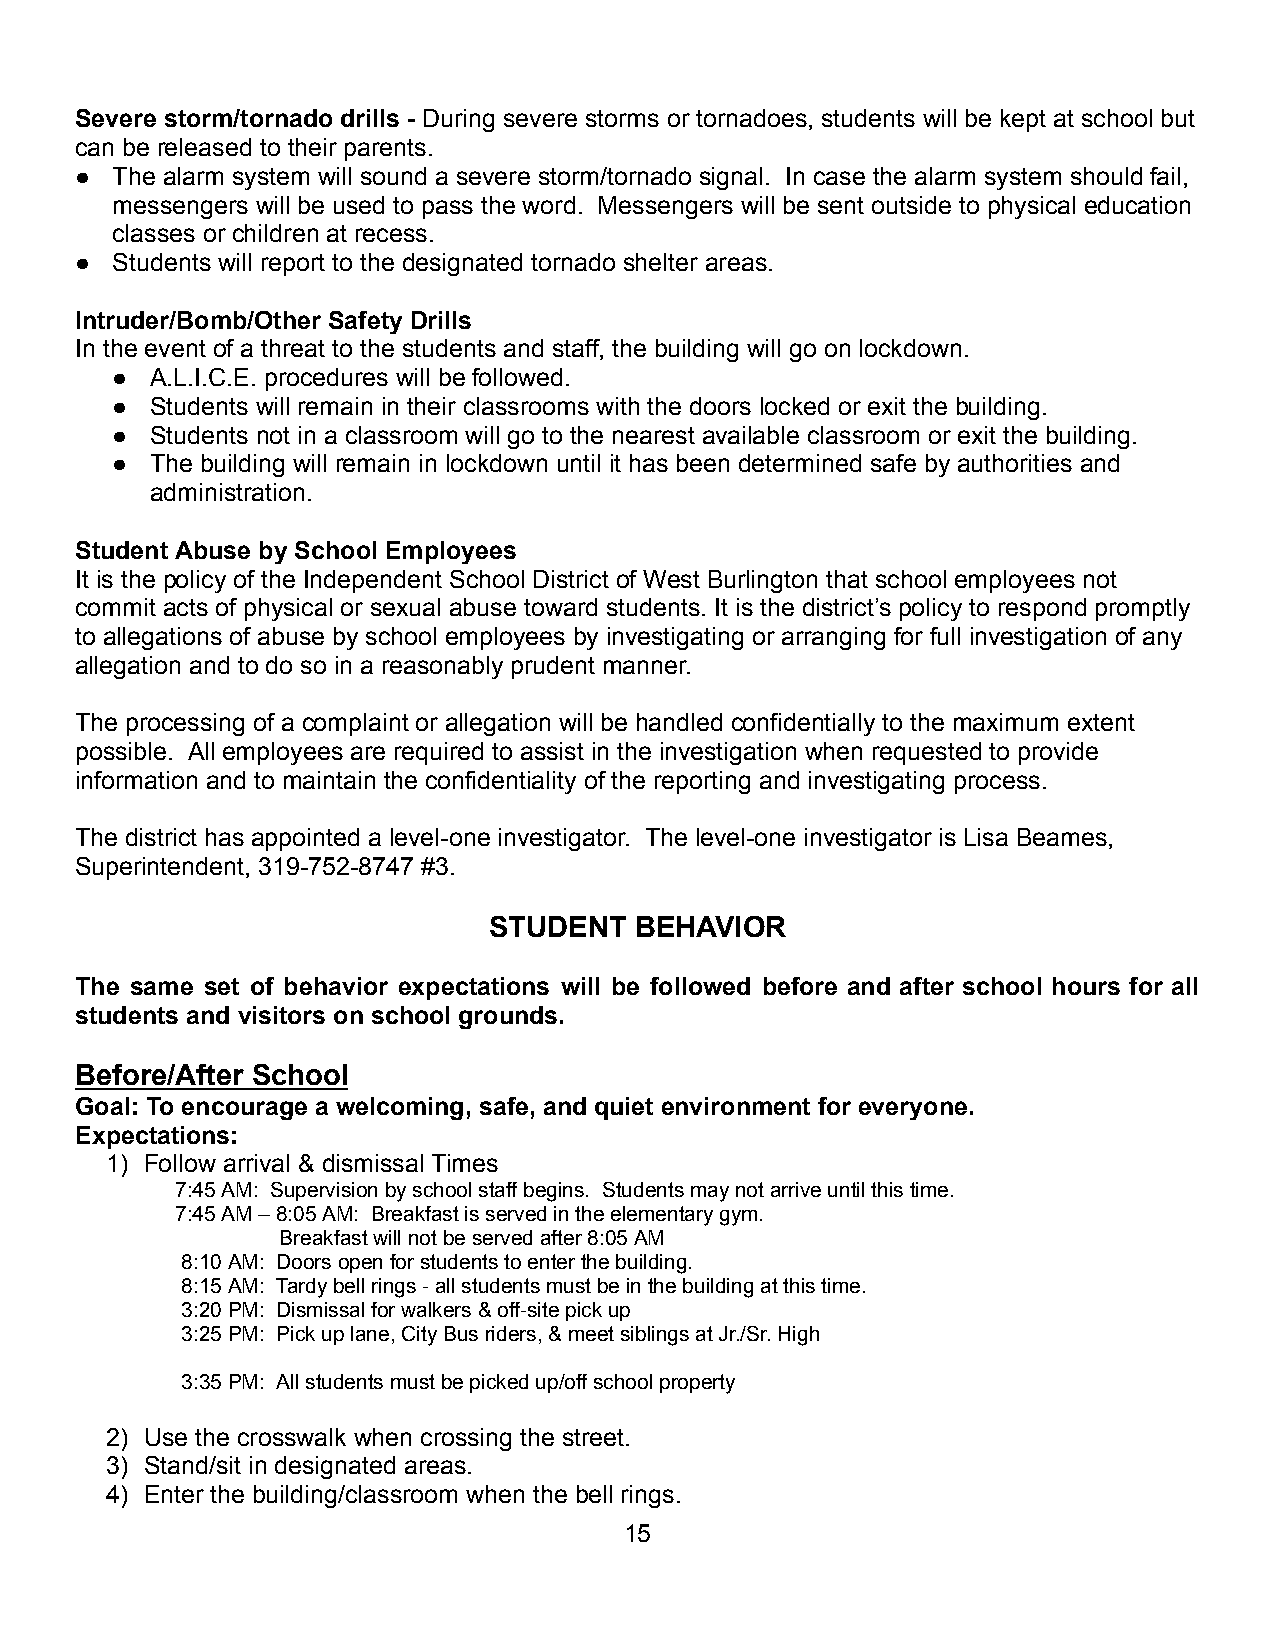
Severe storm/tornado drills - During severe storms or tornadoes, students will be kept at school but
 can be released to their parents.
 ● The alarm system will sound a severe storm/tornado signal. In case the alarm system should fail,
 messengers will be used to pass the word. Messengers will be sent outside to physical education
 classes or children at recess.
 ● Students will report to the designated tornado shelter areas.
 Intruder/Bomb/Other Safety Drills
 In the event of a threat to the students and staff, the building will go on lockdown.
 ●  A.L.I.C.E. procedures will be followed.
 ●  Students will remain in their classrooms with the doors locked or exit the building.
 ●  Students not in a classroom will go to the nearest available classroom or exit the building.
 ●  The building will remain in lockdown until it has been determined safe by authorities and
 administration.
 Student Abuse by School Employees
 It is the policy of the Independent School District of West Burlington that school employees not
 commit acts of physical or sexual abuse toward students. It is the district’s policy to respond promptly
 to allegations of abuse by school employees by investigating or arranging for full investigation of any
 allegation and to do so in a reasonably prudent manner.
 The processing of a complaint or allegation will be handled confidentially to the maximum extent
 possible. All employees are required to assist in the investigation when requested to provide
 information and to maintain the confidentiality of the reporting and investigating process.
 The district has appointed a level-one investigator. The level-one investigator is Lisa Beames,
 Superintendent, 319-752-8747 #3.
 STUDENT   BEHAVIOR
 The same set of behavior expectations will be followed before and after school hours for all
 students and visitors on school grounds.
 Before/After School
 Goal: To encourage a welcoming, safe, and quiet environment for everyone.
 Expectations:
 1) Follow arrival & dismissal Times
 7:45AM: Supervisionbyschoolstaffbegins. Studentsmaynotarriveuntilthistime.
 7:45AM–8:05AM: Breakfastisservedintheelementarygym.
 Breakfastwillnotbeservedafter8:05AM
 8:10AM: Doorsopenforstudentstoenterthebuilding.
 8:15AM: Tardybellrings-allstudentsmustbeinthebuildingatthistime.
 3:20PM: Dismissalforwalkers&off-sitepickup
 3:25PM: Pickuplane,CityBusriders,&meetsiblingsatJr./Sr.High
 3:35PM: Allstudentsmustbepickedup/offschoolproperty
 2) Use the crosswalk when crossing the street.
 3) Stand/sit in designated areas.
 4) Enter the building/classroom when the bell rings.
 15